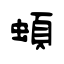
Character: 蝢